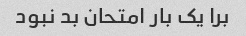
برا یک بار امتحان بد نبود